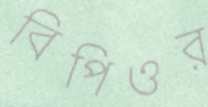
বিপিওর